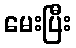
မေးပြီး